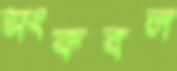
সংকবল